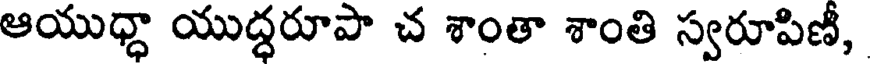
ఆయుధ్ధా యుద్ధరూపా చ శాంతా శాంతి స్వరూపిణీ,